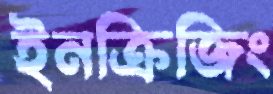
ইনক্রিজিং